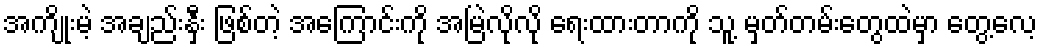
အကျိုးမဲ့ အချည်းနှီး ဖြစ်တဲ့ အကြောင်းကို အမြဲလိုလို ရေးထားတာကို သူ့ မှတ်တမ်းတွေထဲမှာ တွေ့လေ့